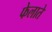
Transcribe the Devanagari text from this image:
फेलाते